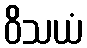
ဝိသယံ